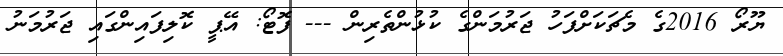
ޔޫރޯ 2016ގެ މެޗަކަށްފަހު ޖަރުމަންގެ ކުޅުންތެރިން --- ފޮޓޯ: އޭޕީ ކޮލިފައިންގައި ޖަރުމަނު